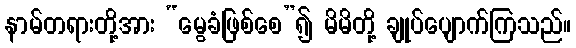
နာမ်တရားတို့အား “မွေခံဖြစ်စေ”၍ မိမိတို့ ချုပ်ပျောက်ကြသည်။